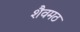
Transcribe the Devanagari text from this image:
शैवमठ